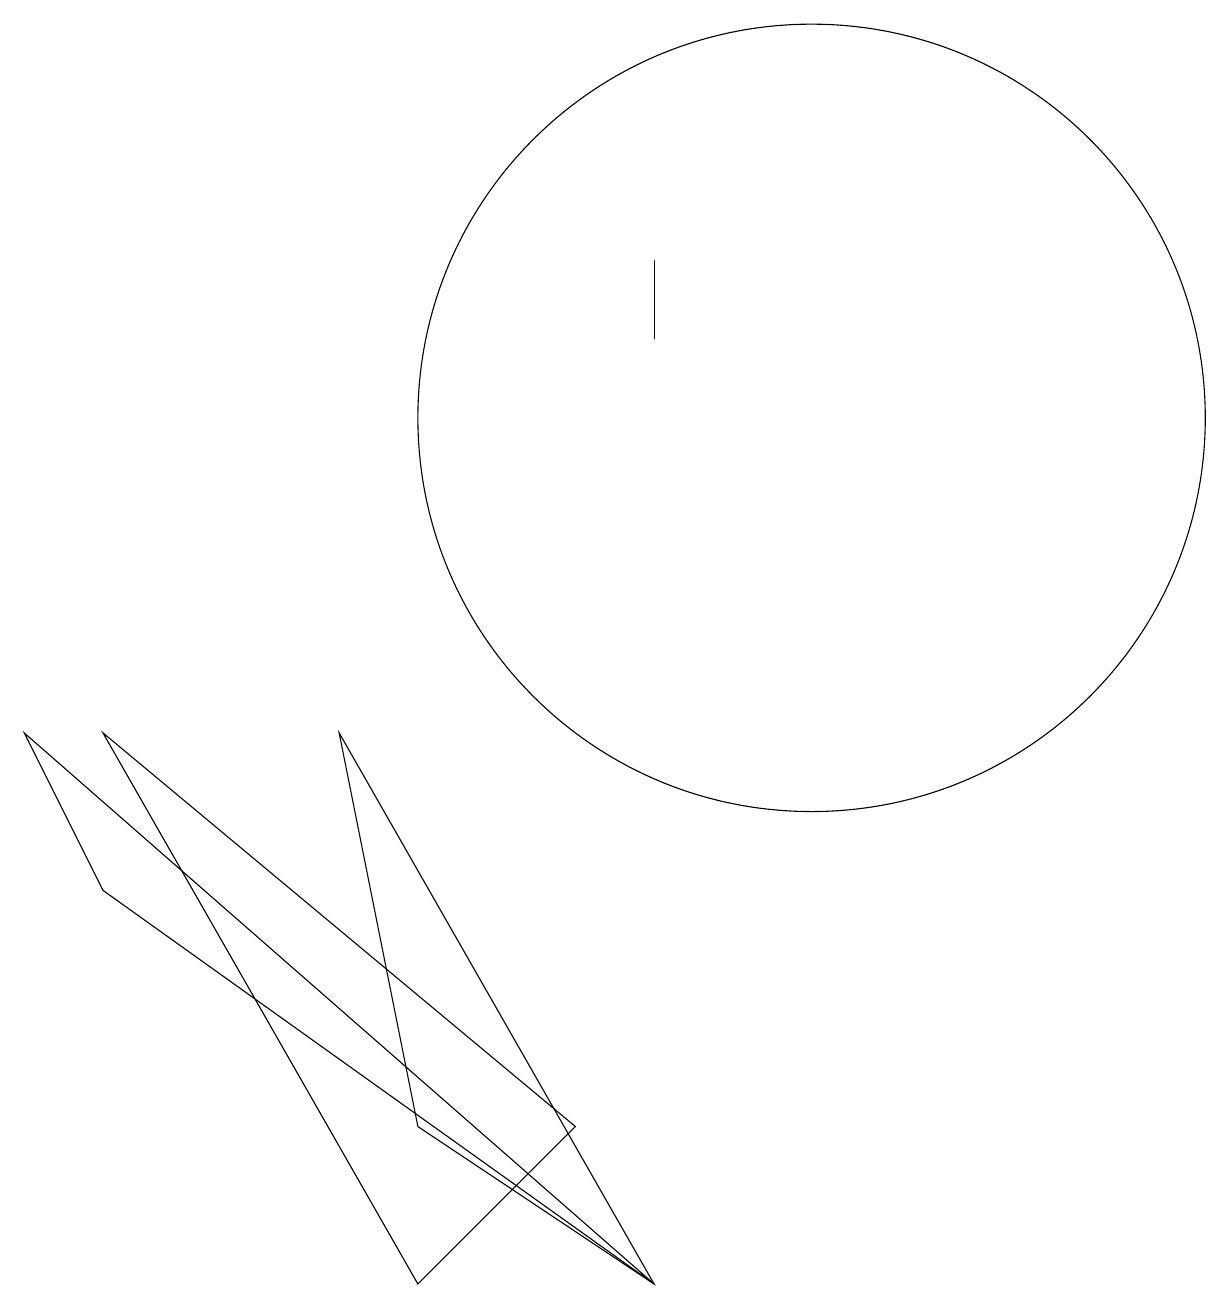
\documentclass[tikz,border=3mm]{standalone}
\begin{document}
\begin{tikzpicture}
\draw (9,12) rectangle (9,13);
\draw (9,0) -- (2,5) -- (1,7) -- cycle;
\draw (5,7) -- (9,0) -- (6,2) -- cycle;
\draw (8,2) -- (6,0) -- (2,7) -- cycle;
\draw (11,11) circle (5);
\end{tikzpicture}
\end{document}